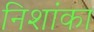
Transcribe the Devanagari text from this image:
निशांका